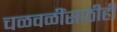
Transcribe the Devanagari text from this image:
चळवळींसाठीही